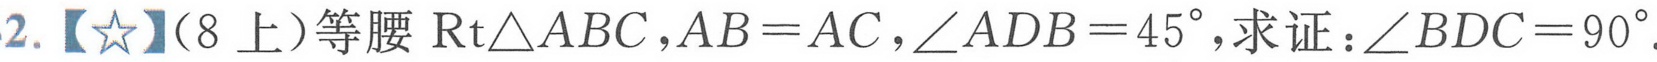
2. 【★】（8上）等腰\(\text{Rt}\triangle ABC,AB = AC,\angle ADB = 45^{\circ}\),求证：\(\angle BDC = 90^{\circ}\).